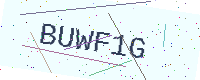
Text: BUWF1G